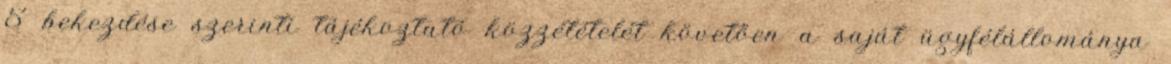
5 bekezdése szerinti tájékoztató közzétételét követően a saját ügyfélállománya